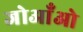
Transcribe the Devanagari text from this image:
जोआँओ